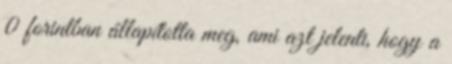
0 forintban állapította meg, ami azt jelenti, hogy a